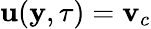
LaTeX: {\mathbf u}({\mathbf y},\tau)={\mathbf v}_{c}